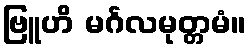
ဗြူဟိ မင်္ဂလမုတ္တမံ။